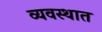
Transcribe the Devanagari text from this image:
व्यवस्थात